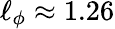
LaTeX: \ell_{\phi}\approx 1.26